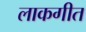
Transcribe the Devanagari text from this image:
लाकगीत